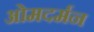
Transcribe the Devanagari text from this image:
ओमदर्मन